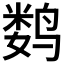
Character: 𬸞